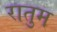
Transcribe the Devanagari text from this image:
रातुम